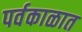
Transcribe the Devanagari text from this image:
पर्वकाळात